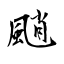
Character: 颵